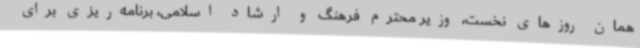
همان روزهای نخست، وزیر محترم فرهنگ و ارشاد اسلامی، برنامه‌ریزی برای